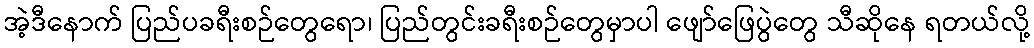
အဲ့ဒီနောက် ပြည်ပခရီးစဉ်တွေရော၊ ပြည်တွင်းခရီးစဉ်တွေမှာပါ ဖျော်ဖြေပွဲတွေ သီဆိုနေ ရတယ်လို့